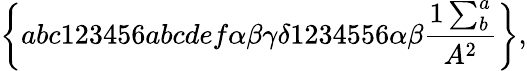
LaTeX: \left\{ abc123456abcdef\alpha\beta\gamma\delta 1234556\alpha\beta\frac{1\sum_{b}^{a}}{A^{2}}\right\} ,